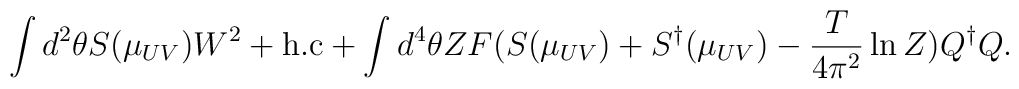
\int d^2\theta S(\mu_{UV}) W^2+{\rm h.c}+\int d^4\theta Z F(S(\mu_{UV}) + S^\dagger(\mu_{UV})-{T\over 4 \pi^2}\ln Z)Q^\dagger Q.